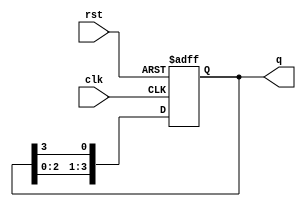
`timescale 1ns / 1ps

module Ring_Counter(
input clk,rst, 
output [3:0]q);
reg [3:0] temp;

always @(posedge clk or posedge rst) begin 
    if (rst) 
        temp <= 4'b0001;  // Initialize to known state
    else 
        temp <= {temp[2:0], temp[3]};  // Shift left using Concatination
end
assign q = temp;
endmodule